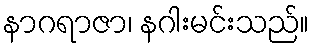
နာဂရာဇာ၊ နဂါးမင်းသည်။